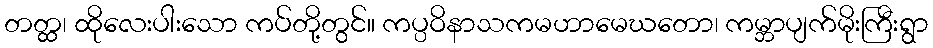
တတ္ထ၊ ထိုလေးပါးသော ကပ်တို့တွင်။ ကပ္ပဝိနာသကမဟာမေဃတော၊ ကမ္ဘာပျက်မိုးကြီးရွာ